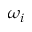
\omega _ { i }